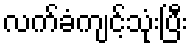
လက်ခံကျင့်သုံးပြီး